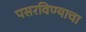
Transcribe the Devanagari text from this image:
पसरविण्याचा